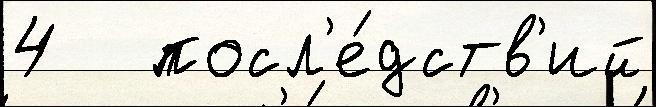
4   посл'е́дств'ий